Madras plague regulations and rules - Volume 2
Disease focus: Plague
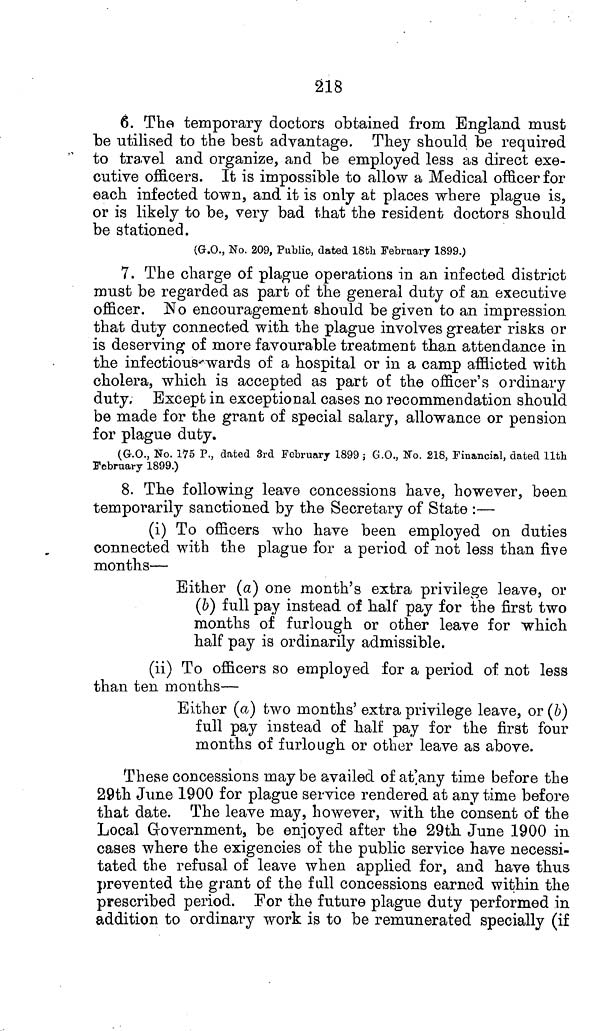
218
6. The temporary doctors obtained from England must
be utilised to the best advantage. They should be required
to travel and organize, and be employed less as direct exe-
cutive officers. It is impossible to allow a Medical officer for
each infected town, and it is only at places where plague is,
or is likely to be, very bad that the resident doctors should
be stationed.
(G.O., No. 209, Public, dated 18th February 1899.)
7. The charge of plague operations in an infected district
must be regarded as part of the general duty of an executive
officer. No encouragement should be given to an impression
that duty connected with the plague involves greater risks or
is deserving of more favourable treatment than attendance in
the infectious wards of a hospital or in a camp afflicted with
cholera, which is accepted as part of the officer's ordinary
duty. Except in exceptional cases no recommendation should
be made for the grant of special salary, allowance or pension
for plague duty.
(G.O., No. 175 P., dated 3rd February 1899 ; G.O., No. 218, Financial, dated 11th.
February 1899.)
8. The following leave concessions have, however, been
temporarily sanctioned by the Secretary of State :—
(i) To officers who have been employed on duties
connected with the plague for a period of not less than five
months—
Either (a) one month's extra privilege leave, or
(6) full pay instead of half pay for the first two
months of furlough or other leave for which
half pay is ordinarily admissible.
(ii) To officers so employed for a period of not less
than ten months—
Either (a) two months' extra privilege leave, or (6)
full pay instead of half pay for the first four
months of furlough or other leave as above.
These concessions may be availed of at any time before the
29th June 1900 for plague service rendered at any time before
that date. The leave may, however, with the consent of the
Local Government, be enjoyed after the 29th June 1900 in
cases where the exigencies of the public service have necessi-
tated the refusal of leave when applied for, and have thus
prevented the grant of the full concessions earned within the
prescribed period. For the future plague duty performed in
addition to ordinary work is to be remunerated specially (if